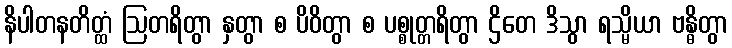
နိပါတနတိတ္ထံ ဩတရိတွာ နှတွာ စ ပိဝိတွာ စ ပစ္စုတ္တရိတွာ ဌိတေ ဒိသွာ ရသ္မိယာ ဗန္ဓိတွာ